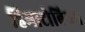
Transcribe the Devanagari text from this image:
हिमाटोबियम